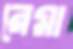
রেমা